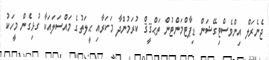
ޖެނެރަލް އިންވެސްޓިގޭޝަން ޑިޕާޓްމަންޓުން ތަޙްޤީޤް ކުރަމުންދާ މަކަރާއި ޙީލަތުގެ މައްސަލައަކާ ގުޅިގެން މީހަކު